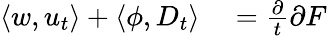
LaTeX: \begin{array}{rl}{\left\langle w,u_{t}\right\rangle+\left\langle\phi,D_{t}\right\rangle}&{{}=\frac{\partial}{t}{\partial F}}\end{array}